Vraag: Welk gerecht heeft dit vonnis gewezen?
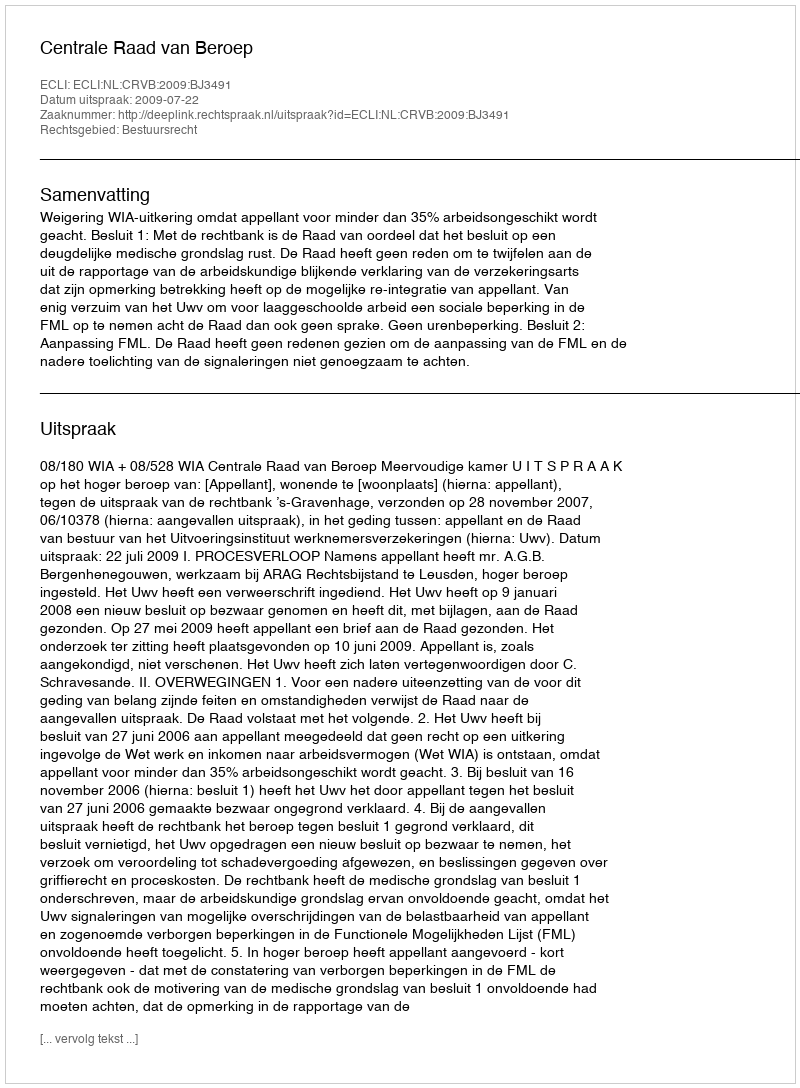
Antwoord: Centrale Raad van Beroep